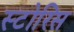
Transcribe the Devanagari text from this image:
स्टोरिस